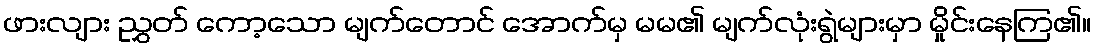
ဖားလျား ညွှတ် ကော့သော မျက်တောင် အောက်မှ မမ၏ မျက်လုံးရွဲများမှာ မှိုင်းနေကြ၏။